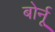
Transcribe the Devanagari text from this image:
बोर्नू